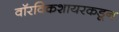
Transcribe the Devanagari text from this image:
वॉरविकशायरकडून